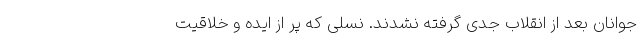
جوانان بعد از انقلاب جدی گرفته نشدند. نسلی که پر از ایده و خلاقیت